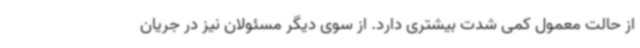
از حالت معمول کمی شدت بیشتری دارد. از سوی دیگر مسئولان نیز در جریان